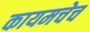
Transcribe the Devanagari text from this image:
कायमचेच